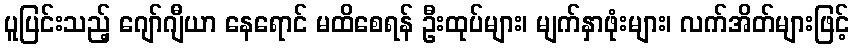
ပူပြင်းသည့် ဂျော်ဂျီယာ နေရောင် မထိစေရန် ဦးထုပ်များ၊ မျက်နှာဖုံးများ၊ လက်အိတ်များဖြင့်